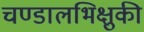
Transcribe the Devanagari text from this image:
चण्डालभिक्षुकी